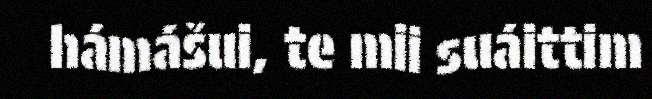
hámášui, te mii suáittim